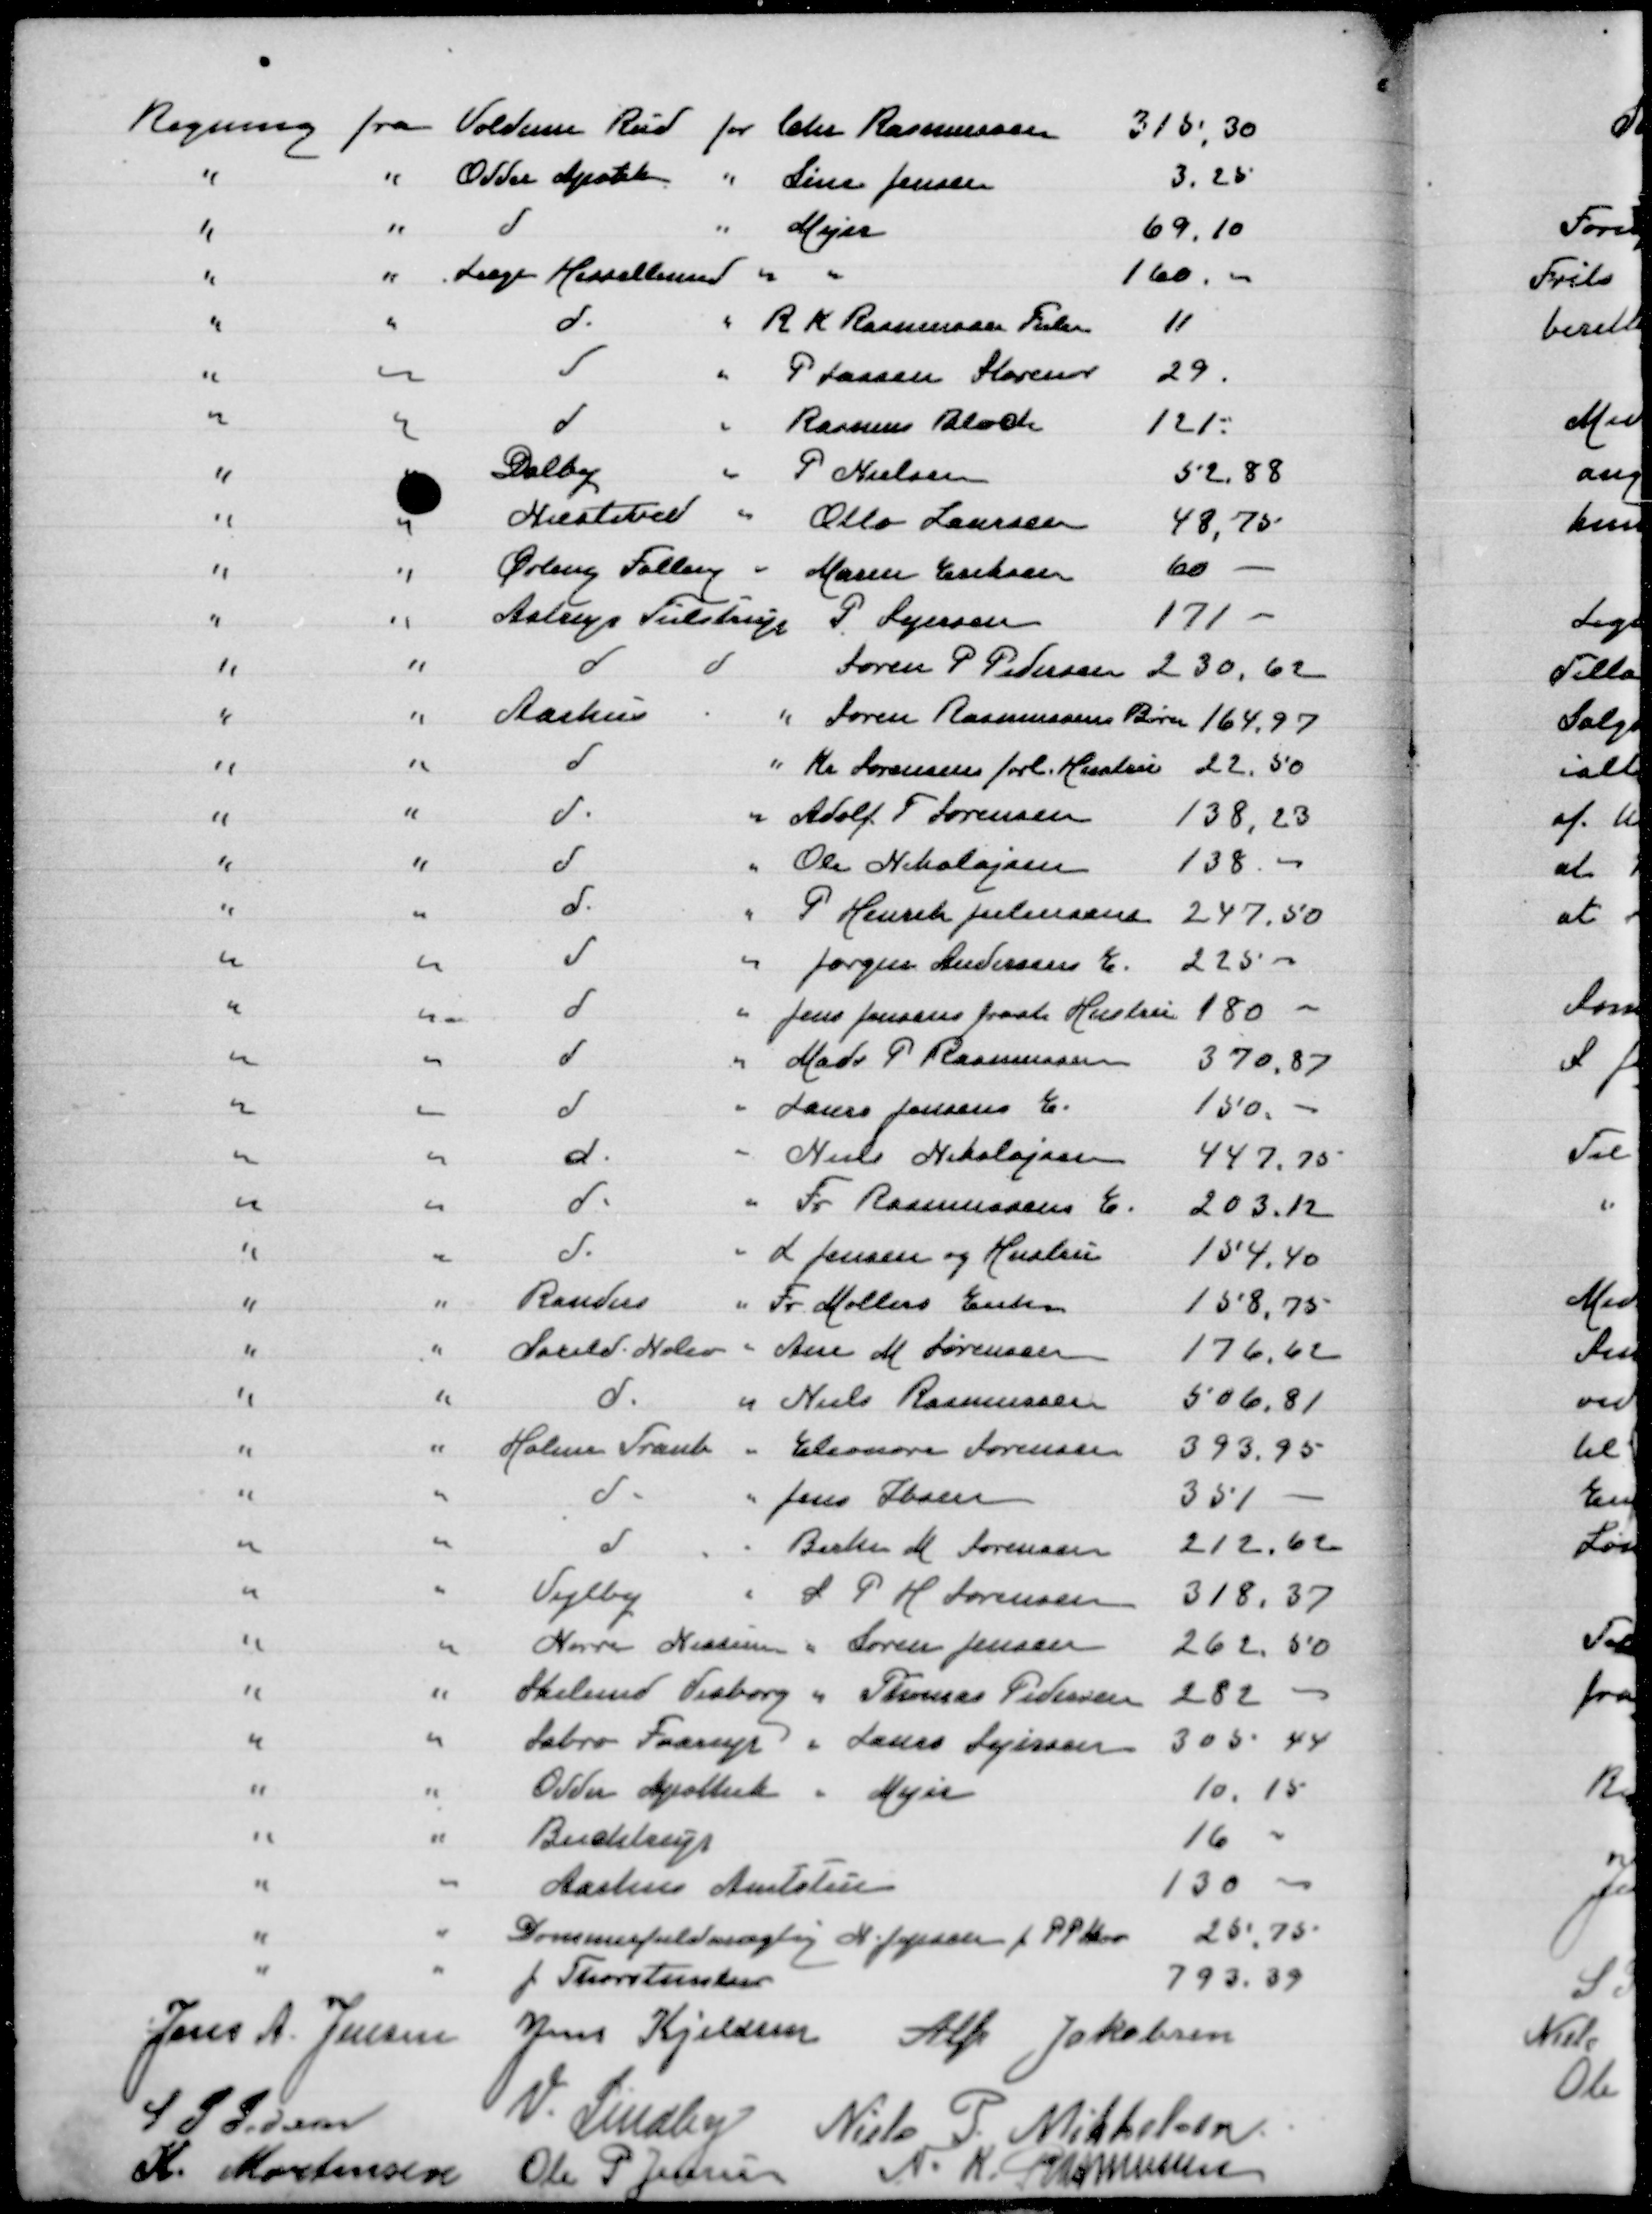
Transskription:
Regning fra Voldum Rud for Chr Rasmussen
315,30
" " Odder Apothek " Line Jensen
3,25
" " d " Mejer
69,10
" " Læge Hessellund " "
160
" " d " R K Rasmussen Fulden
11
" " d " P Larsen Storenor
29
" " d " Rasmus Bloch
121
" " Dalby " P Nielsen
52,88
" " Næstved " Otto Laursen
48,75
" " Ørting Falling " Maren Eriksen
60
" " Astrup Tulstrup P Sejersen
171,00
" " d d Søren P Pedersen
230,62
" " Aarhus " Søren Rasmussens Børn
164,97
" " d " Kr Sørensens forl Hustru
22,50
" " d " Adolf T Sørensen
138,23
" " d " Ole Nikolajsen
138,00
" " d " P Henrik Juliussen
247,50
" " d " Jørgen Andersens E
225,00
" " d " Jens Jensens frask Hustru
180,00
" " d " Mads P Rasmussen
370,87
" " d " Laurs Jensens E
150
" " d " Niels Nikolajsen
447,75
" " d " Fr Rasmussens E
203,17
" " d " L Jensen og Hustru
154,40
" " Randers " Fr Møllers Enke
158,75
" " Saxild Nølev " Ane M Sørensen
176,62
" " d " Niels Rasmussen
506,81
" " Holme Tranb " Eleonora Sørensen
393,95
" " d " Jens Ibsen
351
" " d " Birthe M Sørensen
212,62
" " Vejlby " S P H Sørensen
318,37
" " Nørre Nissum " Søren Jensen
262,50
" " Skelund Visborg " Thomas Pedersen
282
" " Sabro Faarup " Laurs Sejersen
305,44
" " Odder Apothek " Mejer
10,15
" " Buchtrup
16
" " Aarhus Amtsstue
130
" " Dommerfuldmægtig N Jespersen for P P Skov
25,75
" " J Thorstensen
793,39
Jens A Jensen
Jens Kjeldsen
Alfr Jakobsen
S P Pedersen
V Lindby
Niels P Mikkelsen
K Mortensen
Ole P Jensen
N K Rasmussen